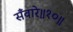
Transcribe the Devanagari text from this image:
सँवारे॥१०॥